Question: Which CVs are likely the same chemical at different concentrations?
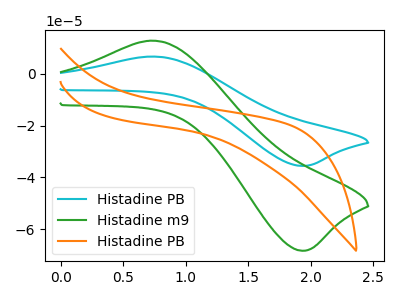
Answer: <think>The cyan curve "Histadine PB" has an anodic peak at (0.75V, 6.65uA) and a cathodic peak at (1.90V, -35.55uA). The green curve "Histadine m9" has an anodic peak at (0.75V, 12.75uA) and a cathodic peak at (1.90V, -68.25uA). The orange curve "Histadine PB" has no peaks.
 All the peaks in "Histadine PB" have a peak in "Histadine m9" at the same potential. Every peak in "Histadine PB" is lower than every peak in "Histadine m9". "Histadine PB" and "Histadine PB" have a different number of peaks. "Histadine m9" and "Histadine PB" have a different number of peaks.</think>
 <answer>"Histadine m9" and "Histadine PB" have the same shape and are likely CV's of the same chemical.</answer>
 <eval>"Histadine m9" "Histadine PB"</eval>